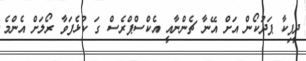
ދީޕިކާ ޕަދުކޯން އަށް އޭނާ ޗެންނާއީ އެކްސްޕްރެސް ގަ ކުޅެފަވާ ރޯލަށް އެންމެ